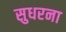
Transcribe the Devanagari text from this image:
सुधरना